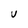
Character: V